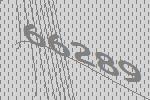
66289